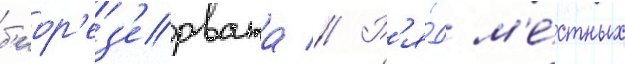
б'иор'ез'ервата // Р'я́д м'е́стных